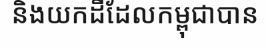
និងយកដីដែលកម្ពុជាបាន